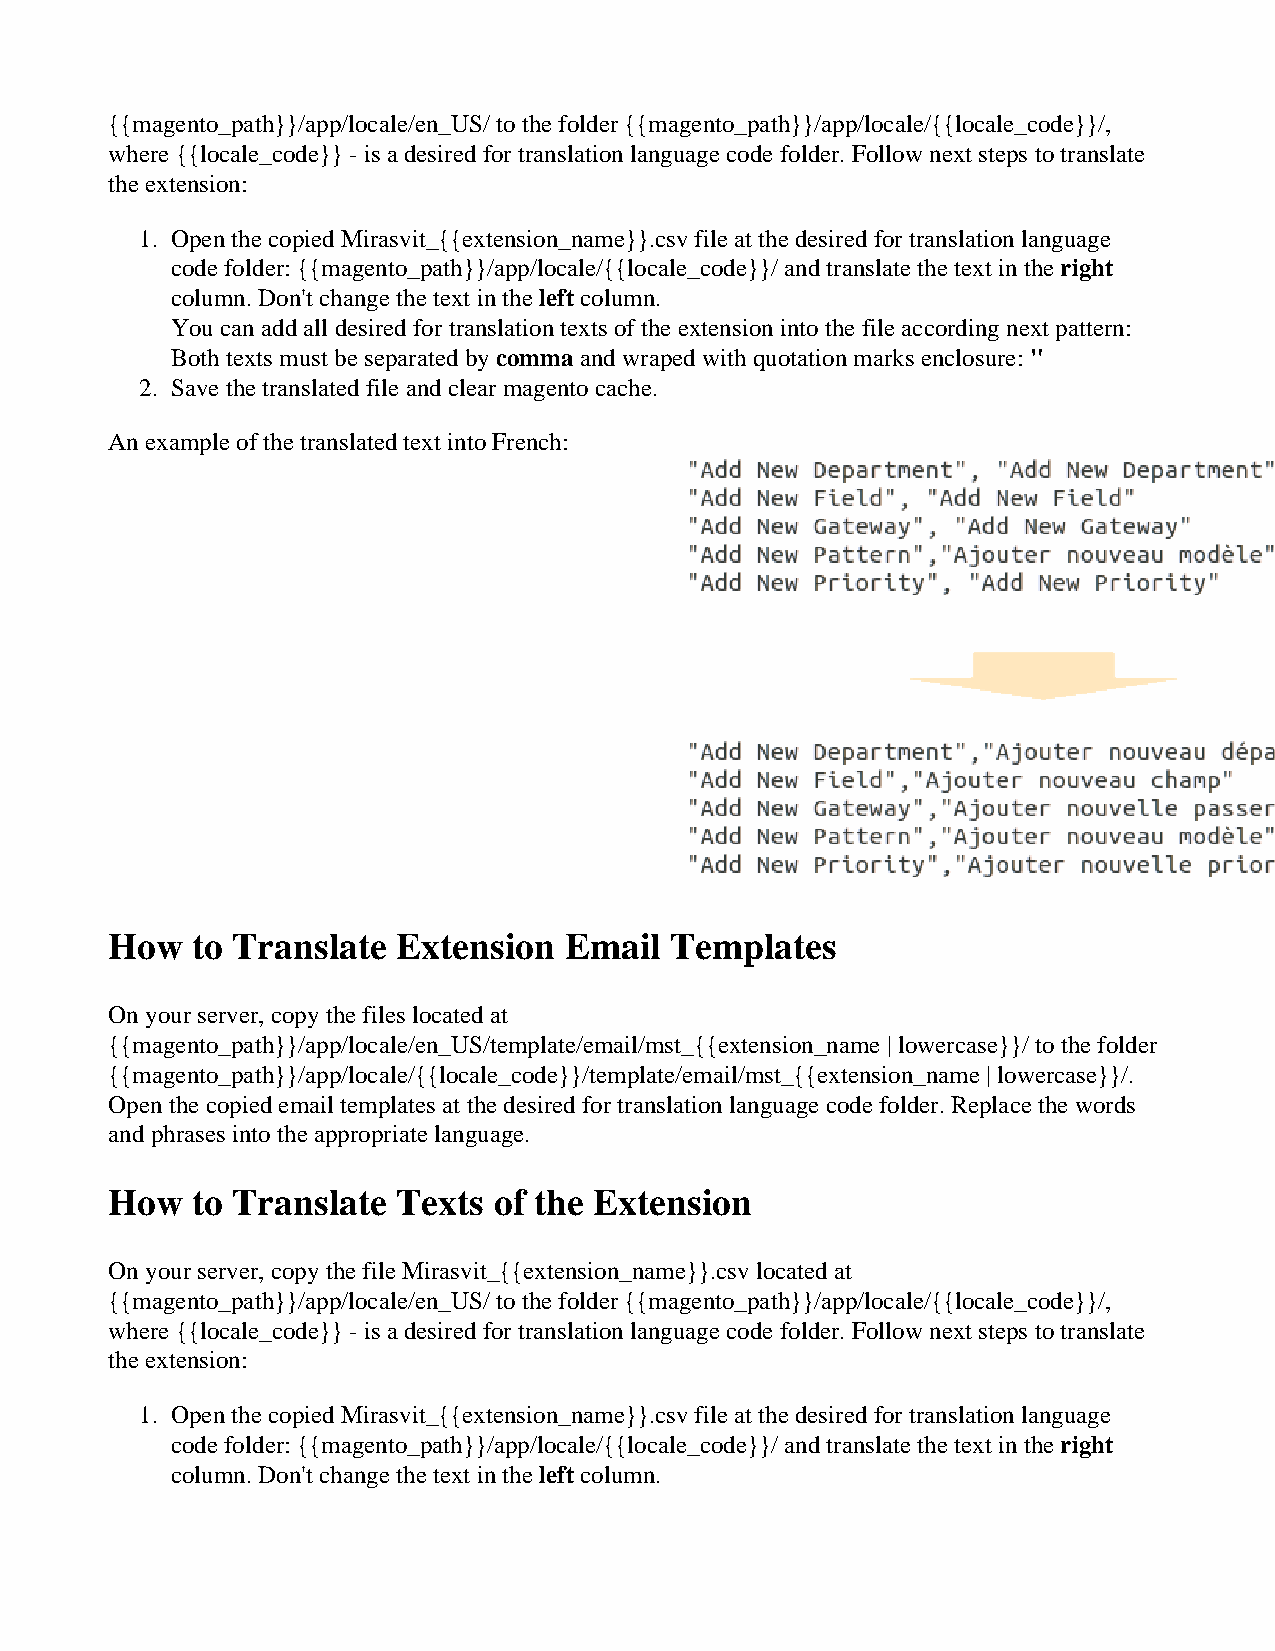
{{magento_path}}/app/locale/en_US/ to the folder {{magento_path}}/app/locale/{{locale_code}}/,
 where {{locale_code}} - is a desired for translation language code folder. Follow next steps to translate
 the extension:
 1. Open the copied Mirasvit_{{extension_name}}.csv file at the desired for translation language
 code folder: {{magento_path}}/app/locale/{{locale_code}}/ and translate the text in the right
 column. Don't change the text in the left column.
 You can add all desired for translation texts of the extension into the file according next pattern:
 Both texts must be separated by comma and wraped with quotation marks enclosure: "
 2. Save the translated file and clear magento cache.
 An example of the translated text into French:
 How   to Translate Extension  Email  Templates
 On your server, copy the files located at
 {{magento_path}}/app/locale/en_US/template/email/mst_{{extension_name | lowercase}}/ to the folder
 {{magento_path}}/app/locale/{{locale_code}}/template/email/mst_{{extension_name | lowercase}}/.
 Open the copied email templates at the desired for translation language code folder. Replace the words
 and phrases into the appropriate language.
 How   to Translate Texts  of the Extension
 On your server, copy the file Mirasvit_{{extension_name}}.csv located at
 {{magento_path}}/app/locale/en_US/ to the folder {{magento_path}}/app/locale/{{locale_code}}/,
 where {{locale_code}} - is a desired for translation language code folder. Follow next steps to translate
 the extension:
 1. Open the copied Mirasvit_{{extension_name}}.csv file at the desired for translation language
 code folder: {{magento_path}}/app/locale/{{locale_code}}/ and translate the text in the right
 column. Don't change the text in the left column.